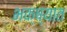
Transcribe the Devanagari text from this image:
भक्ष्यात